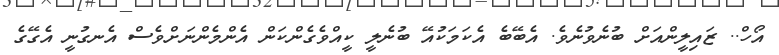
އޯހް.. ޒައިލީންއަށް ބުނެވުނެވެ. އެބޭބެ އެކަމަކުއޭ ބުނެލީ ކީއްވެގެންކަން އެންމެންނަށްވެސް އެނގުނީ އެގޭގެ